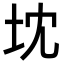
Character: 𭎃